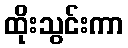
ထိုးသွင်းကာ